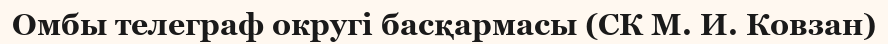
Омбы телеграф округі басқармасы (СК М. И. Ковзан)